画像に写った文字を読んでください
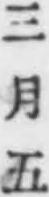
「三月五」と書いてあります